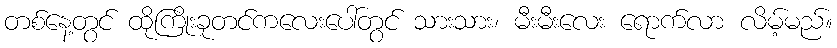
တစ်နေ့တွင် ထိုကြိုးခုတင်ကလေးပေါ်တွင် သားသား၊ မီးမီးလေး ရောက်လာ လိမ့်မည်။